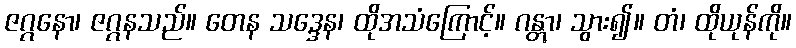
ဇဂ္ဂနော၊ ဇဂ္ဂနသည်။ တေန သဒ္ဒေန၊ ထိုအသံကြောင့်။ ဂန္တွာ၊ သွား၍။ တံ၊ ထိုယုန်ကို။